Leaving Certificate Examination, 1923
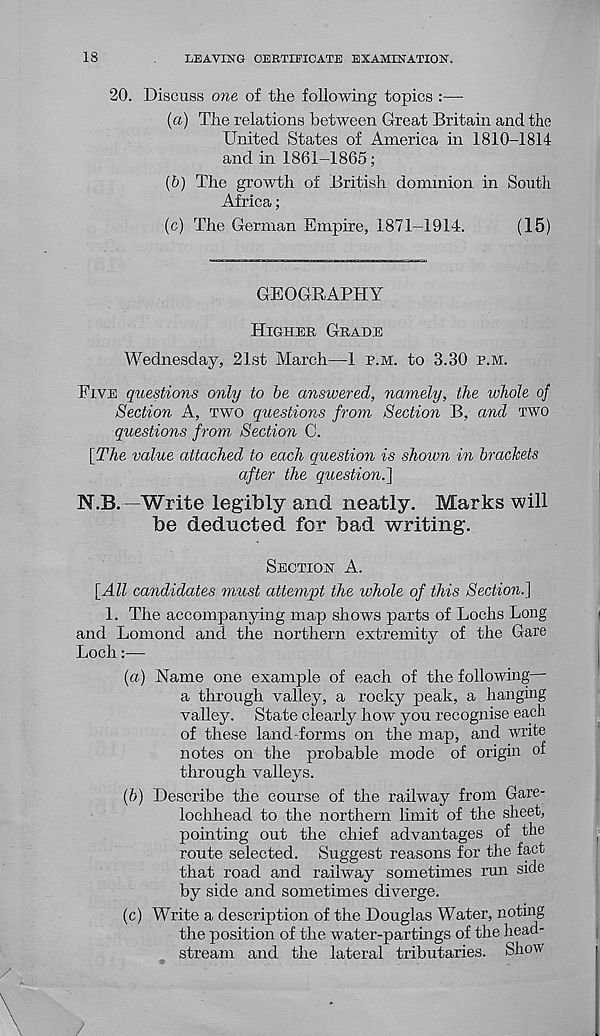
18
LEAVING CERTIFICATE EXAMINATION.
20. Discuss one of the following topics :—
(а) The relations between Great Britain and the
United States of America in 1810-1814
and in 1861-1865;
(б) The growth of British dominion in South
Africa;
(c) The German Empire, 1871-1914.
(15)
GEOGBAPHY
HIGHER GRADE
Wednesday, 21st March—1 P.M. to 3.30 P.M.
FIVE questions only to be answered, namely, the whole of
Section A, TWO questions from Section B, and TWO
questions from Section C.
[The value attached to each question is shown in brackets
after the question.']
N.B. —Write legibly and neatly. Marks will
be deducted for bad writing.
SECTION A.
[All candidates must attempt the whole of this Section.]
1. The accompanying map shows parts of Lochs Long
and Lomond and the northern extremity of the Gare
Loch:—
(a) Name one example of each of the following
a through valley, a rocky peak, a hanging
valley. State clearly how you recognise each
of these land forms on the map, and write
notes on the probable mode of origin of
through valleys.
(b) Describe the course of the railway from Gare-
lochhead to the northern limit of the sheet,
pointing out the chief advantages of the
route selected. Suggest reasons for the fact
that road and railway sometimes run side
by side and sometimes diverge.
(c) Write a description of the Douglas Water, noting
the position of the water-partings of the head-
stream and the lateral tributaries. Show